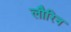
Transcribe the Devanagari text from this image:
लौरिन